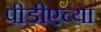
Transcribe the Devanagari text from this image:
पीडीएच्या